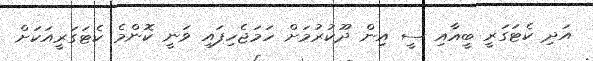
އަދި ކެޓަގަރީ ބީއާއި ސީ އިން ދޫކުރުމަށް ހަމަޖެހިފައި ވަނީ ކޮންމެ ކެޓަގަރީއަކަށް